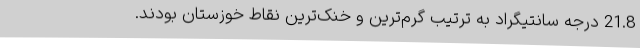
21.8 درجه سانتیگراد به ترتیب گرم‌ترین و خنک‌ترین نقاط خوزستان بودند.